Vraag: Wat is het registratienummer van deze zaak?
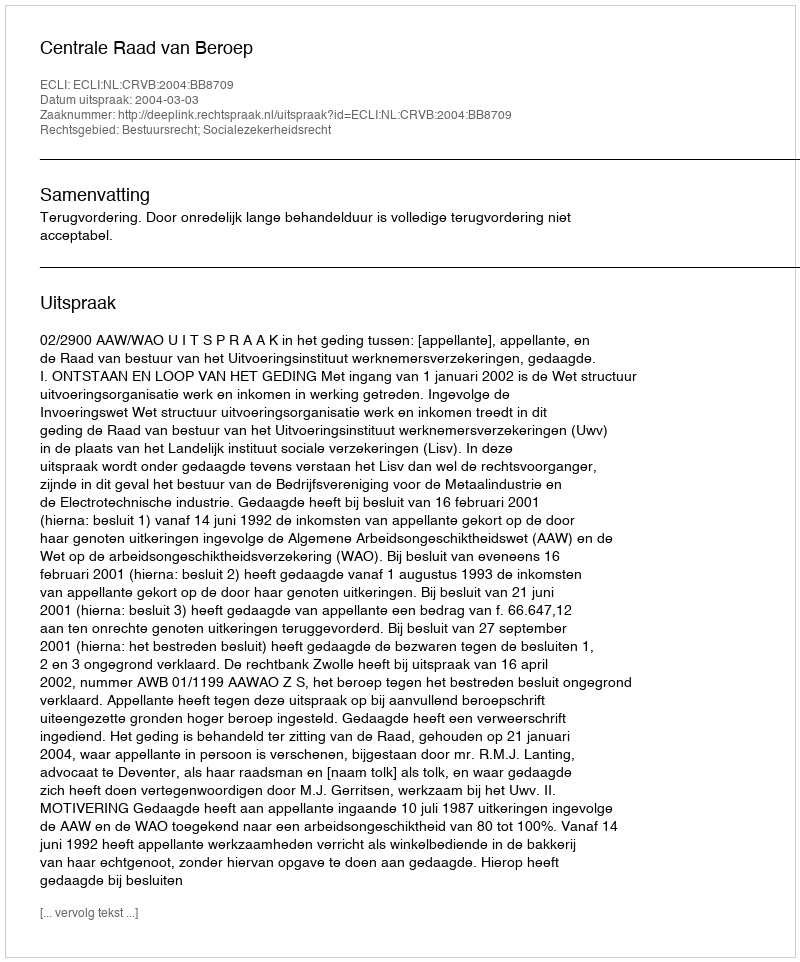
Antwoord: http://deeplink.rechtspraak.nl/uitspraak?id=ECLI:NL:CRVB:2004:BB8709